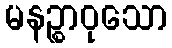
မနဉ္စာဝုသော